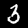
Label: 3